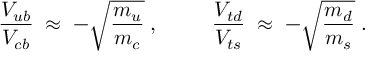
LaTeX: \frac { V _ { u b } } { V _ { c b } } \; \approx \; - \sqrt { \frac { m _ { u } } { m _ { c } } } \; , \; \; \; \; \; \; \; \; \; \frac { V _ { t d } } { V _ { t s } } \; \approx \; - \sqrt { \frac { m _ { d } } { m _ { s } } } \; .